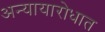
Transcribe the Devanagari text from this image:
अन्यायारोधात